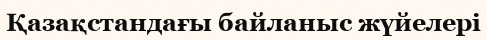
Қазақстандағы байланыс жүйелері